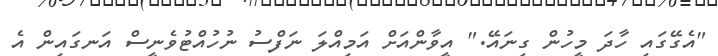
"އެގޭގައި ހާދަ މީހުން ގިނައޭ." އީވާންއަށް އަމިއްލަ ނަފްސު ނުހުއްޓުވެނީސް އަނގައިން އެ